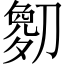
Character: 𫦘